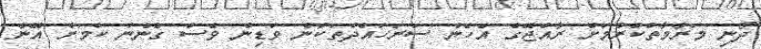
ދޯނި މަރާމާތުކުރުމަށް ރާއްޖޭގެ އެހެން ސަރަހައްދުތަކުން ވަޑިން ވެސް ގެންނަ ކަމަށް އޭނާ